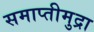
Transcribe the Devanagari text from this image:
समाप्तीमुद्रा